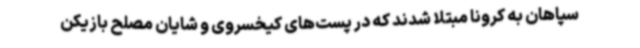
سپاهان به کرونا مبتلا شدند که در پست‌های کیخسروی و شایان مصلح بازیکن